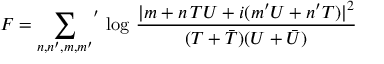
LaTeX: F = { \sum _ { n , n ^ { \prime } , m , m ^ { \prime } } } ^ { \prime } \, \log \, \frac { | m + n \, T U + i ( m ^ { \prime } U + n ^ { \prime } T ) | ^ { 2 } } { ( T + \bar { T } ) ( U + \bar { U } ) }